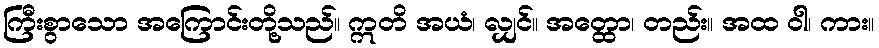
ကြီးစွာသော အကြောင်းတို့သည်။ ဣတိ အယံ၊ လျှင်။ အတ္ထော၊ တည်း။ အထ ဝါ၊ ကား။